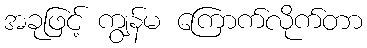
အခုဖြင့် ကျွန်မ ကြောက်လိုက်တာ